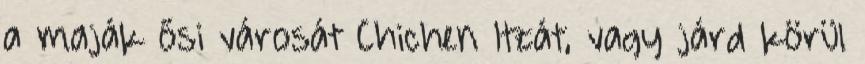
a maják ősi városát Chichen Itzát, vagy járd körül